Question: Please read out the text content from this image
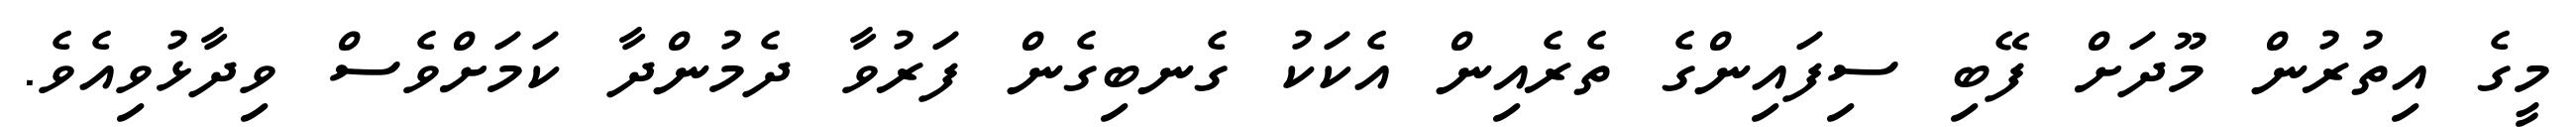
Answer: މީގެ އިތުރުން މޫދަށް ފޭބި ސިފައިންގެ ތެރެއިން އެކަކު ގެނބިގެން ފަރުވާ ދެމުންދާ ކަމަށްވެސް ވިދާޅުވިއެވެ.